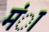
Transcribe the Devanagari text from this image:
मंा